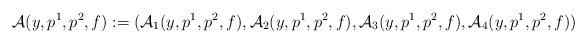
LaTeX: \begin{align*}\mathcal{A}(y,p^1,p^2,f):= (\mathcal{A}_1(y,p^1,p^2,f),\mathcal{A}_2 (y,p^1,p^2,f),\mathcal{A}_3(y,p^1,p^2,f),\mathcal{A}_4(y,p^1,p^2,f))\end{align*}